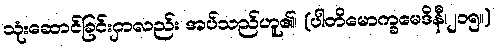
သုံးဆောင်ခြင်းငှာလည်း အပ်သည်ဟူ၏၊ (ပါတိမောက္ခမေဒိနီ၊၂၁၅။)